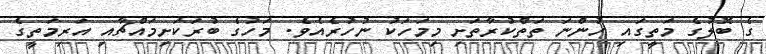
ގެ ބޮލުގެ މަތީގައި ހުންނަ ތަތްކުރާތަށި މިމަހަކު ނުހުރެއެެވެ. މަހުގެ ބުރަކަށިމައްޗާއި އަރިމަތީގެ